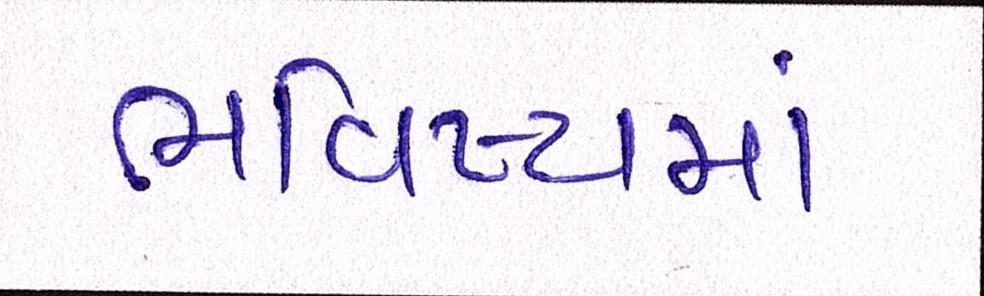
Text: ભવિષ્યમાં